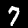
Label: 7